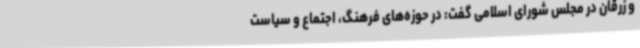
و زرقان در مجلس شورای اسلامی گفت: در حوزه‌های فرهنگ، اجتماع و سیاست